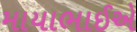
માયાભાઈએ